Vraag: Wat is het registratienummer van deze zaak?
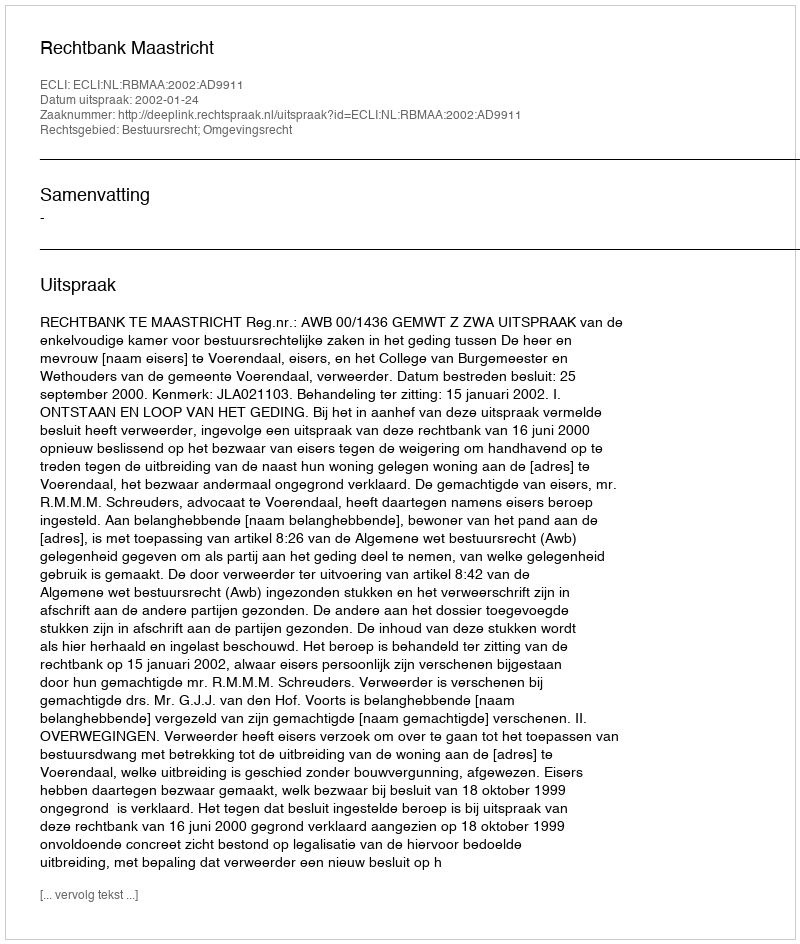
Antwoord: http://deeplink.rechtspraak.nl/uitspraak?id=ECLI:NL:RBMAA:2002:AD9911